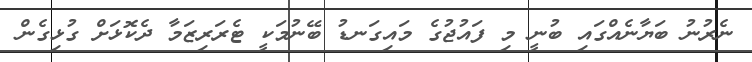
ނެރުނު ބަޔާނެއްގައި ބުނީ މި ފައުޖުގެ މައިގަނޑު ބޭނުމަކީ ޓެރަރިޒަމާ ދެކޮޅަށް ގުޅިގެން